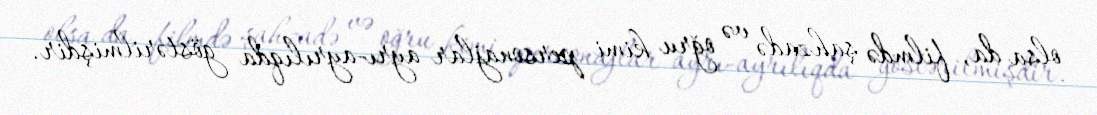
olsa da, filmdə şahzadə və oğru kimi personajlar ayrı-ayrılıqda göstərilmişdir.